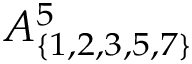
A _ { \{ 1 , 2 , 3 , 5 , 7 \} } ^ { 5 }